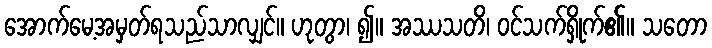
အောက်မေ့အမှတ်ရသည်သာလျှင်။ ဟုတွာ၊ ၍။ အဿသတိ၊ ဝင်သက်ရှိုက်၏။ သတော